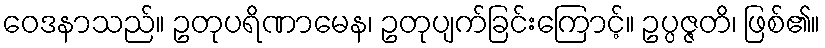
ဝေဒနာသည်။ ဥတုပရိဏာမေန၊ ဥတုပျက်ခြင်းကြောင့်။ ဥပ္ပဇ္ဇတိ၊ ဖြစ်၏။